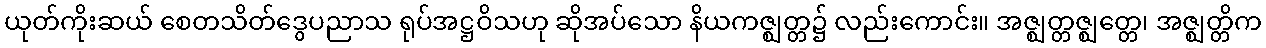
ယုတ်ကိုးဆယ် စေတသိတ်ဒွေပညာသ ရုပ်အဋ္ဌဝိသဟု ဆိုအပ်သော နိယကဇ္ဈတ္တ၌ လည်းကောင်း။ အဇ္ဈတ္တဇ္ဈတ္တေ၊ အဇ္ဈတ္တိက